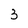
Character: 3